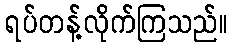
ရပ်တန့်လိုက်ကြသည်။